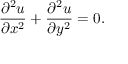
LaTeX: { \frac { \partial ^ { 2 } u } { \partial x ^ { 2 } } } + { \frac { \partial ^ { 2 } u } { \partial y ^ { 2 } } } = 0 .